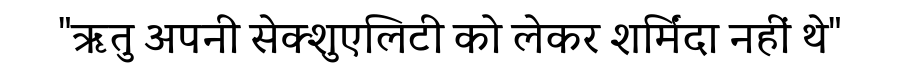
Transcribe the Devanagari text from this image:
"ऋतु अपनी सेक्शुएलिटी को लेकर शर्मिंदा नहीं थे"